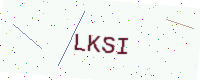
Text: LKSI